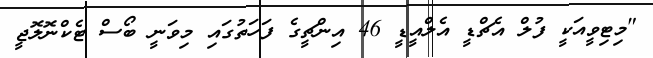
"މިޓިވީއަކީ ފުލް އެޗްޑީ އެލްއީޑީ 46 އިންޗީގެ ފަހަތުގައި މިވަނީ ބޯސް ޓެކްނޮލޮޖީ